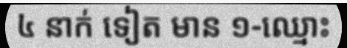
៤ នាក់ ទៀត មាន ១-ឈ្មោះ